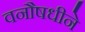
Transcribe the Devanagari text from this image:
वनौषधीने